Statistical return of the lunatic asylum in Assam - 1912-1932
Year: 1912
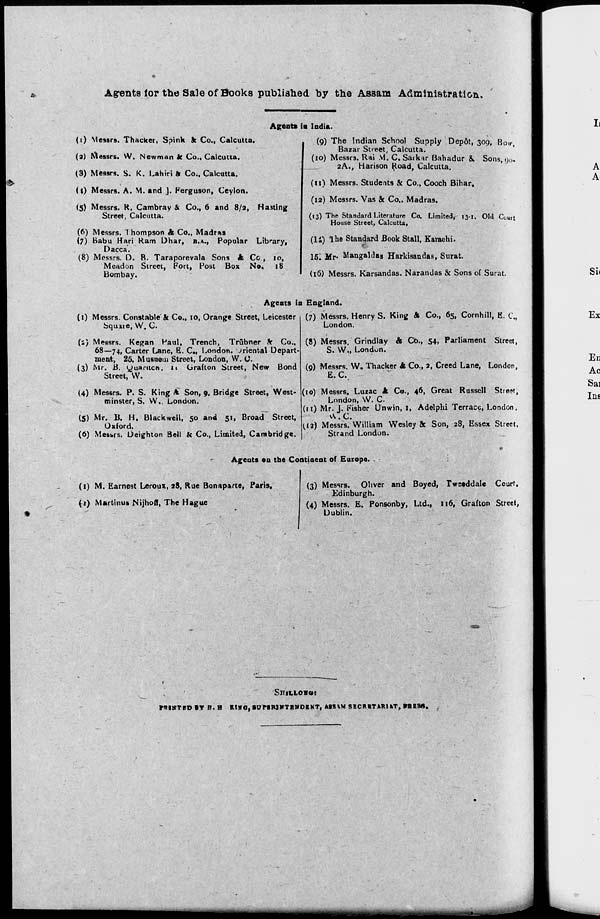
Agrenta for the Sale of Books published by the Assam Administration.
Agent* in India.
(i) Messrs. Thacker, S?ink St Co., Calcutta.
(2) Messrs. W. Newman k Co., Calcutta.
(3) Messrs. S. K. Lahiri * Co., Calcutta.
(0 Messrs. A. M. and J. Ferguson, Ceylon.
(5) Messrs. R. Cambray & Co., 6 and 8/2, Haning
Street, Calcutta.
(6) Messrs. Thompson & Co., Madras
(7) Babu Hari Ram Dhar, B.A., Popular Library,
Dacca.
(8) Messrs. D. B. Taraporevala Sons A, Co., 10,
Meadon Street, Fort, Post Box No. 18
Bombay.
I
(9) The Indian School Supply Dep6t, 309, Bow
Bazar Street, Calcutta.
(10) Messrs. Rai M. C. Saikar Bahadur &. Sons, 00-
.
2A., Harison Road, Calcutta.
(11) Messrs. Students & Co., Cooch Bihar.
(12) Messrs. Vas & Co.. Madras.
(13) The Standard Literature Co. Limited r 13-1. Old Court
House Street, Calcutta,
(li) Ihe Standard Book Stall, Karachi.
15. Mr- Mangaldas Harlusandas, Surat.
(16) Messrs. Karsandas. Narandas & Sons of Surat.
Agents in England.
(1) Messrs. Constable'& Co., 10, Orange Street, Leicester
Squaie, W. C.
(s) Messrs. Kegan Paul, Trench, Trubner k Co.,
68—74, Carter Lane, E. C„ London. Jriental Depart-
ment, 25, Musnein Street, London, W. C
(3) Mr. B. yuantcn, it Orafton Street, New Bond
Street, W.
(4) Messrs. P. S. King A Son, 0, Bridge Street, West-
minster, S. W., London.
(5) Mr. B. H. Blackwell, 50 and 51, Broad Street,
Oxford.
(6) Messrs. Deighton Bell h Co., Limited, Cambridge.
(7) Messrs. Henry S. King & Co., 65, Cornhill, E. C„
London.
(8) Messrs. Grindlay & Co., 54. Parliament Street,
S. W., London.
(9) Messrs. W. Thacker & Co., 2, Creed Lane, London,
E. C.
(10) Messrs. Luzac & Co., 46, Great Russell Stre?t,
London, W. C
(il) Mr. J. Fisher Unwin, 1, Adelphi Terrace, London,
W. C.
^12) Messrs. William Wesley & Son, 28, Essex Street,
Strand London.
Agents on the Continent of Europe.
(1) M. Earnest Leroux, 28, Rue Bonaparte, Paris,
(?) Martinus Nijhoff, The Hague
(3) Messrs. Oliver and Boyed, Tweaddale Court.
Edinburgh.
(4) Messrs. E. Ponsonby, Ltd., 116, Grafton Street,
Dublin.
MISTED IT R. H RISC, SUPERINTENDENT, A8S*M SECRETARIAT, RRB3S,
■■